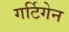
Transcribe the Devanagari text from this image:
गर्टिगेन